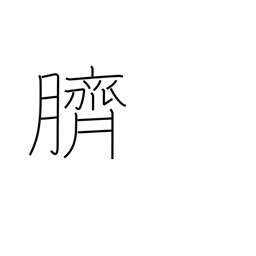
Meaning: navel